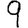
Digit: 9